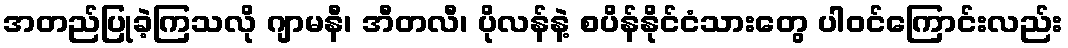
အတည်ပြုခဲ့ကြသလို ဂျာမနီ၊ အီတလီ၊ ပိုလန်နဲ့ စပိန်နိုင်ငံသားတွေ ပါဝင်ကြောင်းလည်း